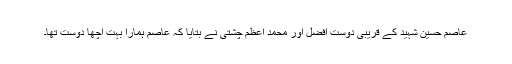
عاصم حسین شہید کے قریبی دوست افضل اور محمد اعظم چشتی نے بتایا کہ عاصم ہمارا بہت اچھا دوست تھا۔